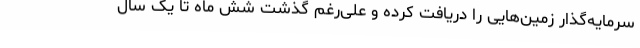
سرمایه‌گذار زمین‌هایی را دریافت کرده و علی‌رغم گذشت شش ماه تا یک سال